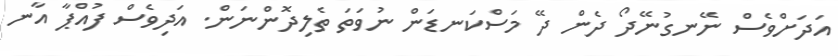
އަދަށްވެސް ނޭނގުނޭދޯ ދެން ދޭ މަސްކަނޑަން ނުވަތަ ތެލިދޮންނަން. އަދިވެސް ފުއްޕާ އާނ